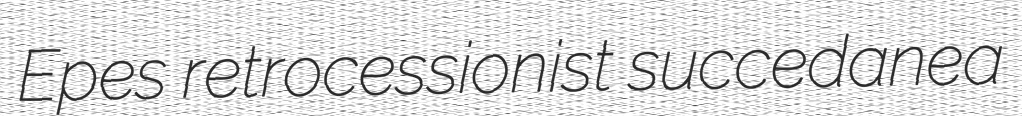
Epes retrocessionist succedanea